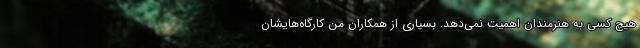
هیچ کسی به هنرمندان اهمیت نمی‌دهد. بسیاری از همکاران من کارگاه‌هایشان